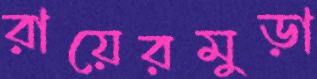
রায়েরমুড়া